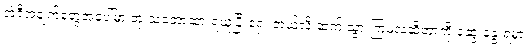
အဲဒီအချက်တွေအပေါ်မှာ ဘုံ သဘောထားရယူပြီးရှေ့ ဘယ်လို ဆက် သွားကြမလဲဆိုတာကို ဆွေးနွေးရမှာ